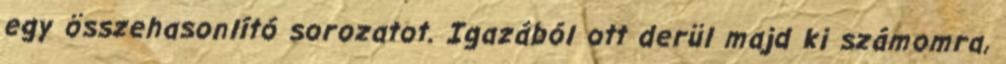
egy összehasonlító sorozatot. Igazából ott derül majd ki számomra,